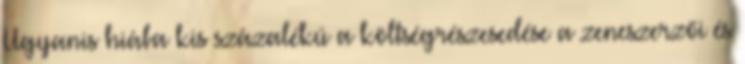
Ugyanis hiába kis százalékú a költségrészesedése a zeneszerzői és